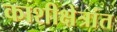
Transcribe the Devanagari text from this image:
काशीक्षेत्रांत